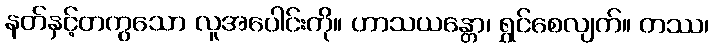
နတ်နှင့်တကွသော လူအပေါင်းကို။ ဟာသယန္တော၊ ရွှင်စေလျက်။ တဿ၊